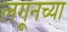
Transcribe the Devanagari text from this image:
लगूनच्या